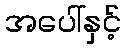
အပေါ်နှင့်